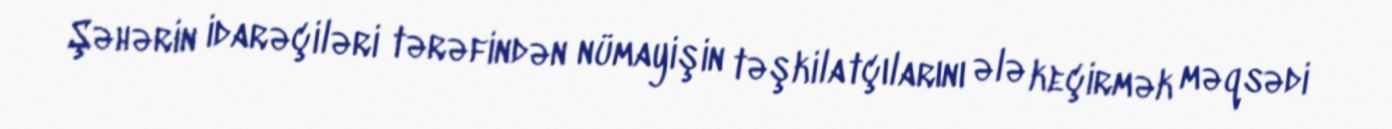
Şəhərin idarəçiləri tərəfindən nümayişin təşkilatçılarını ələ keçirmək məqsədi